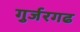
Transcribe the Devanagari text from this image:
गुर्जरगढ